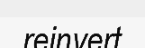
reinvert